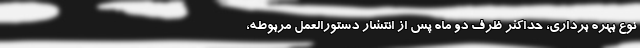
نوع بهره برداری، حداکثر ظرف دو ماه پس از انتشار دستورالعمل مربوطه،